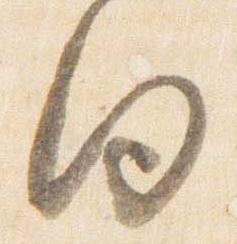
向